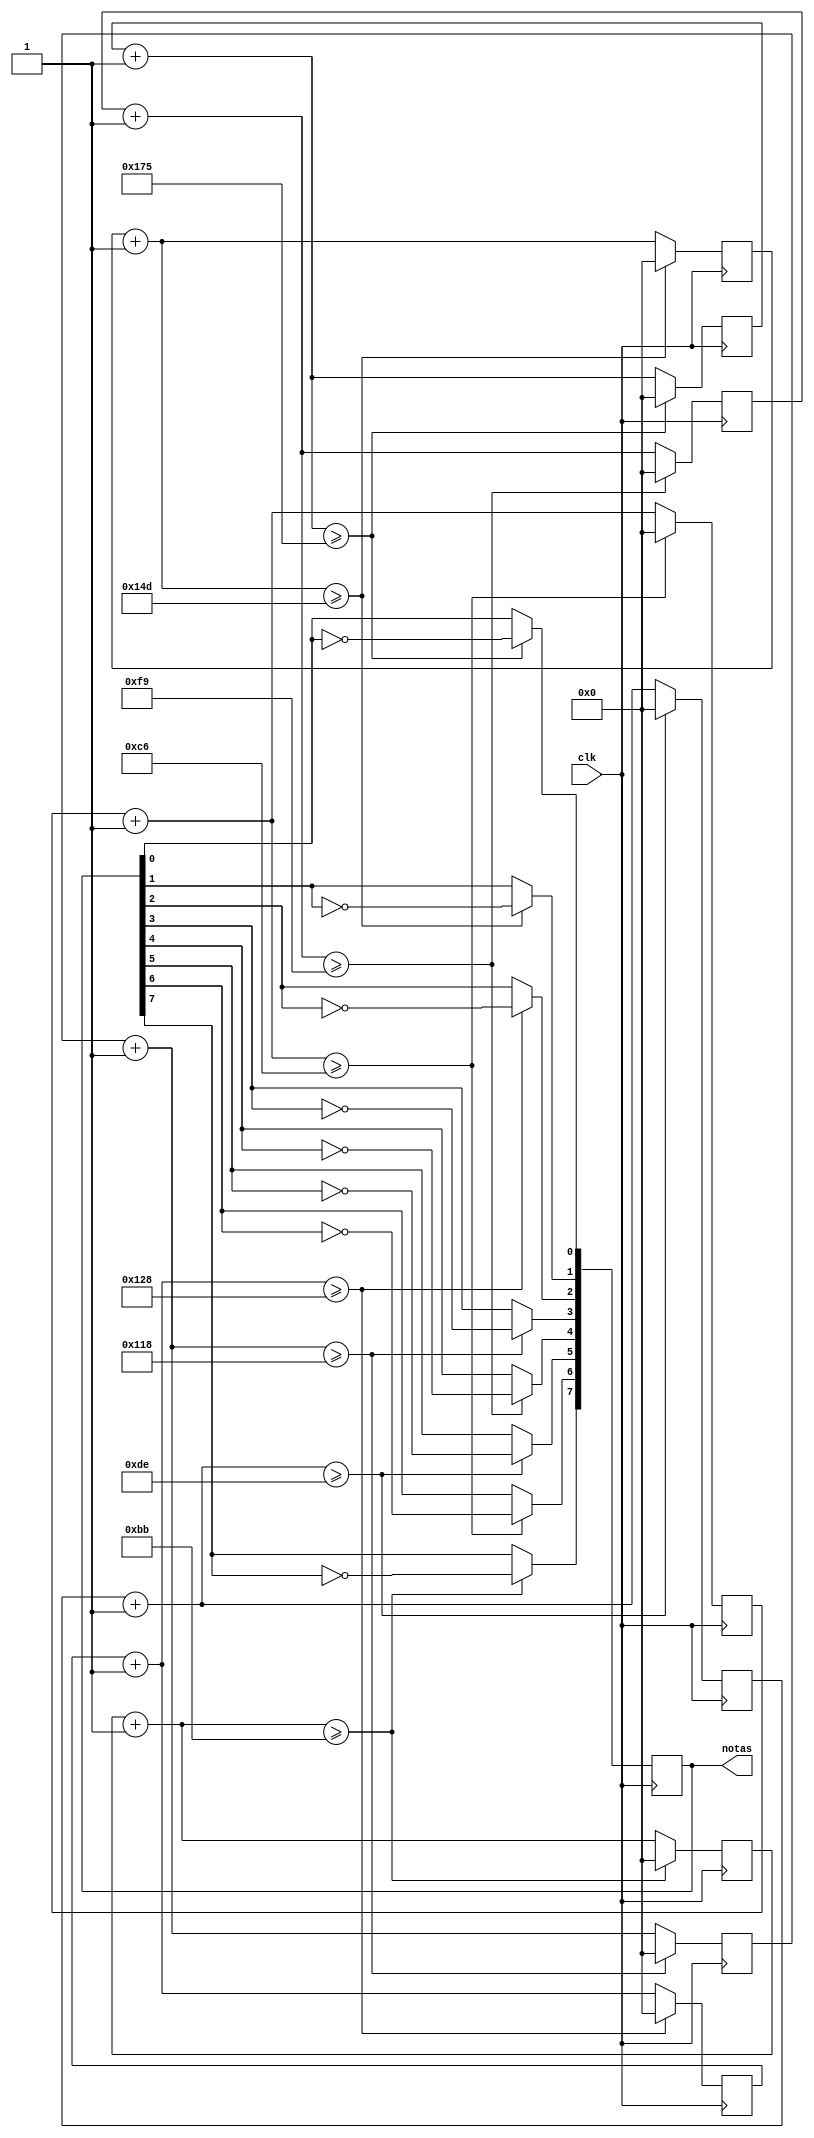
module gerador_notas
(
	input clk,
	output reg [7:0]notas //nota[0] = do, nota[1] = re...
);
	parameter CLOCK = 50000000;
	parameter SAMPLE_SIZE = 512;
	parameter integer DO 	= CLOCK/(261.6256 * SAMPLE_SIZE);
	parameter integer RE 	= CLOCK/(293.6648 * SAMPLE_SIZE);
	parameter integer MI 	= CLOCK/(329.6276 * SAMPLE_SIZE);
	parameter integer FA 	= CLOCK/(349.2282 * SAMPLE_SIZE);
	parameter integer SOL 	= CLOCK/(391.9954 * SAMPLE_SIZE);
	parameter integer LA 	= CLOCK/(440.0000 * SAMPLE_SIZE);
	parameter integer SI 	= CLOCK/(493.8833 * SAMPLE_SIZE);
	parameter integer DO_5	= CLOCK/(523.2511 * SAMPLE_SIZE);

	reg [12:0]count_0, count_1, count_2, count_3, count_4, count_5, count_6, count_7;

	always @(posedge clk) begin
		count_0 = count_0 + 13'd1;
		count_1 = count_1 + 13'd1;
		count_2 = count_2 + 13'd1;
		count_3 = count_3 + 13'd1;
		count_4 = count_4 + 13'd1;
		count_5 = count_5 + 13'd1;
		count_6 = count_6 + 13'd1;
		count_7 = count_7 + 13'd1;
		
		if(count_0 >= DO)begin
			count_0 = 0;
			notas[0] = ~notas[0];
		end
		if(count_1 >= RE)begin
			count_1 = 0;
			notas[1] = ~notas[1];
		end
		if(count_2 >= MI)begin
			count_2 = 0;
			notas[2] = ~notas[2];
		end
		if(count_3 >= FA)begin
			count_3 = 0;
			notas[3] = ~notas[3];
		end
		if(count_4 >= SOL)begin
			count_4 = 0;
			notas[4] = ~notas[4];
		end
		if(count_5 >= LA)begin
			count_5 = 0;
			notas[5] = ~notas[5];
		end
		if(count_6 >= SI)begin
			count_6 = 0;
			notas[6] = ~notas[6];
		end
		if(count_7 >= DO_5)begin
			count_7 = 0;
			notas[7] = ~notas[7];
		end		
	end

endmodule